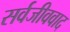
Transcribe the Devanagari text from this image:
सर्वजीववाद